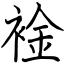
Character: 䘳